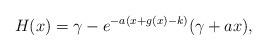
LaTeX: \begin{align*}H(x)= \gamma- e^{-a(x +g(x)-k)}(\gamma+ax),\end{align*}